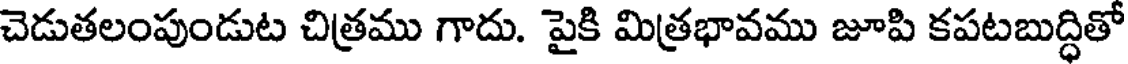
చెడుతలంపుండుట చిత్రము గాదు. పైకి మిత్రభావము జూపి కపటబుద్ధితో